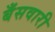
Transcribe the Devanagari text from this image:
बँसवारी